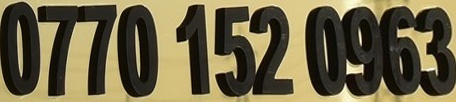
0770 152 0963